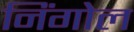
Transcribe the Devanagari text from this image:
निंगोल